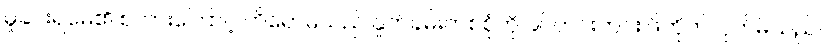
မှုခင်းရဲမေ၏ စကားကြောင့် ဟိရောမိသည် နှုတ်ခမ်းတစ်စုံကို ခပ်တင်းတင်း ဖိကိုက်လိုက်မိသည်။